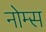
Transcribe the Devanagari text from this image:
नोम्स